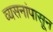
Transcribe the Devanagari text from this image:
व्यसनांपासून